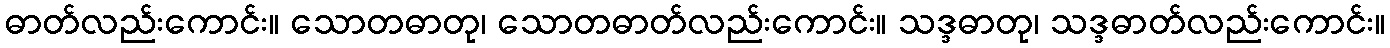
ဓာတ်လည်းကောင်း။ သောတဓာတု၊ သောတဓာတ်လည်းကောင်း။ သဒ္ဒဓာတု၊ သဒ္ဒဓာတ်လည်းကောင်း။